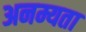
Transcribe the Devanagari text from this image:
अनम्यता